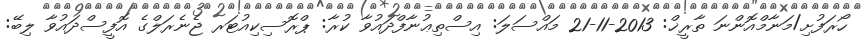
ހޯރަފުށި/މަނާމްއޮންނަ ތާރީޚް: 2013-11-21 މައްސަލަ: އިސްތިޢުނާފްދައުވާ ކުރާ: ޕްރޮސިކިއުޓަރ ޖެނެރަލްގެ އޮފީސްދައުވާ ލިބޭ: